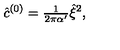
\hat { c } ^ { ( 0 ) } = { \textstyle \frac { 1 } { 2 \pi \alpha ^ { \prime } } } \hat { \xi } ^ { 2 } ,